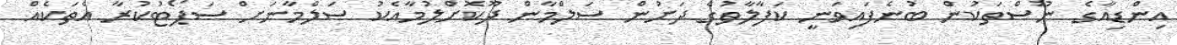
އިންޑިއާގެ ނޫސްތަކުން ބުނެފައިވަނީ ކަފާލާތުގެ ދަށުން ސަލްމާން ދޫކޮށްލުމާއެކު ސަލްމާނަށް ސަޕޯޓުކުރާ އެތަކެއް